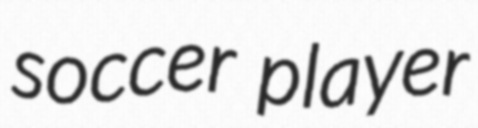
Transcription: soccer player